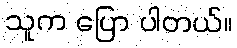
သူက ပြော ပါတယ်။